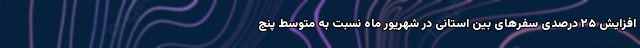
افزایش ۲۵ درصدی سفرهای بین‌ استانی در شهریور ماه نسبت به متوسط پنج